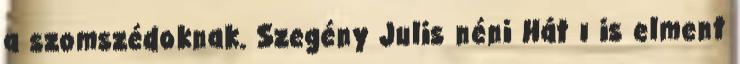
a szomszédoknak. Szegény Julis néni Hát ı is elment